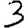
Digit: 3